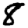
Digit: 8